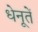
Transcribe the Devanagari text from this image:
धेनूतें